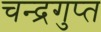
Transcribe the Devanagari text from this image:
चन्‍द्रगुप्‍त